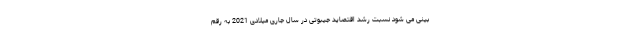
بینی می شود نسبت رشد اقتصاید جیبوتی در سال جاری میلادی 2021 به رقم